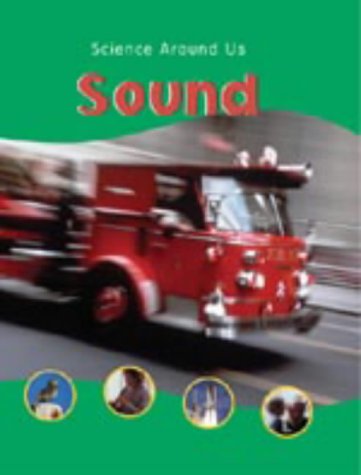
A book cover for Sound (Science Around Us); Sally Hewitt; Children's Books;